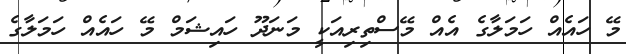
މޭ ހައެއް ހަމަލާގެ އެއް މޭސްތިރިއަކީ މަނަދޫ ހައިޝަމް މޭ ހައެއް ހަމަލާގެ